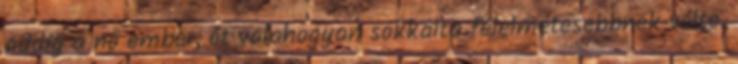
addig a nő ember, őt valahogyan sokkalta félelmetesebbnek vélte.